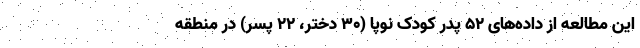
این مطالعه از داده‌های ۵۲ پدر کودک نوپا (۳۰ دختر، ۲۲ پسر) در منطقه